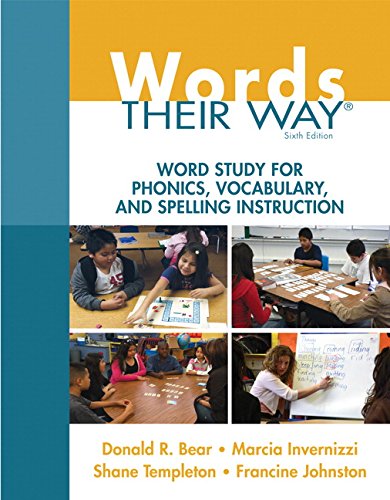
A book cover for Words Their Way: Word Study for Phonics, Vocabulary, and Spelling Instruction (6th Edition) (Words Their Way Series); Donald R. Bear; Education & Teaching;